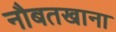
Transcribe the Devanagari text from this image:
नौबतखाना